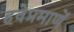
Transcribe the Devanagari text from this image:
हवेप्रमाणें